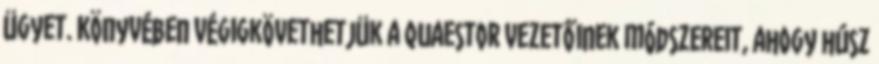
ügyet. Könyvében végigkövethetjük a Quaestor vezetőinek módszereit, ahogy húsz